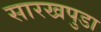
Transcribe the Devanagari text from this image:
सारखपुडा